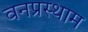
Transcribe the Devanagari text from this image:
वनप्रस्थाम